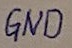
Text: GND